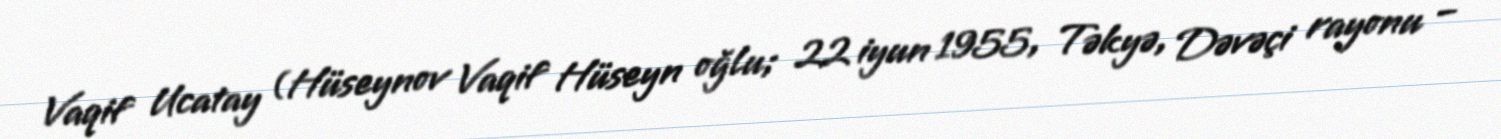
Vaqif Ucatay (Hüseynov Vaqif Hüseyn oğlu; 22 iyun 1955, Təkyə, Dəvəçi rayonu –